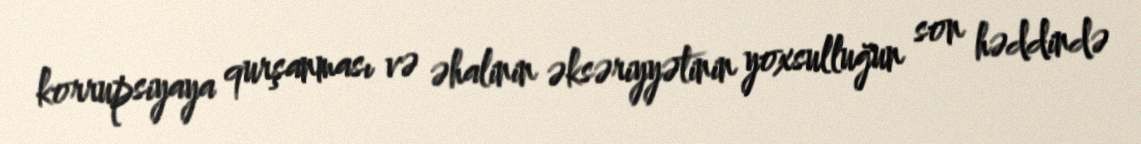
korrupsiyaya qurşanması və əhalinin əksəriyyətinin yoxsulluğun son həddində